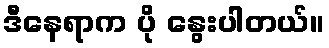
ဒီနေရာက ပို နွေးပါတယ်။